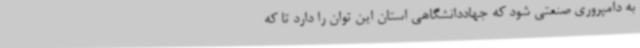
به دامپروری صنعتی شود که جهاددانشگاهی استان این توان را دارد تا که